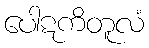
ပေါဋကိတူလံ